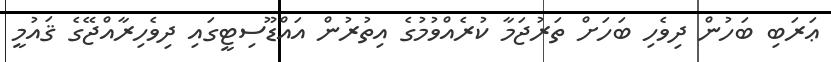
ޢަރަބި ބަހުން ދިވެހި ބަހަށް ތަރުޖަމާ ކުރެއްވުމުގެ އިތުރުން އައްޑޫސިޓީގައި ދިވެހިރާއްޖޭގެ ޤައުމީ